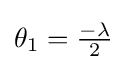
\textstyle \theta _{1}={\frac {-\lambda }{2}}